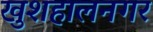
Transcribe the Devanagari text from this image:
खुशहालनगर